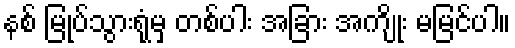
နစ် မြုပ်သွားရုံမှ တစ်ပါး အခြား အကျိုး မမြင်ပါ။